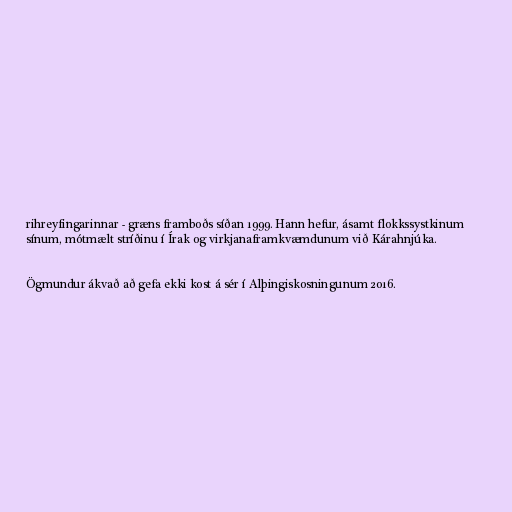
rihreyfingarinnar - græns framboðs síðan 1999. Hann hefur, ásamt flokkssystkinum
sínum, mótmælt stríðinu í Írak og virkjanaframkvæmdunum við Kárahnjúka.

Ögmundur ákvað að gefa ekki kost á sér í Alþingiskosningunum 2016.